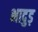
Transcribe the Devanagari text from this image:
भादुड़